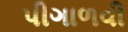
પીગાળવી